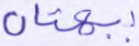
ببهتان